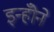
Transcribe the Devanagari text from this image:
इन्होँने